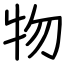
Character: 物